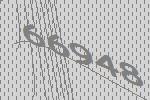
66948